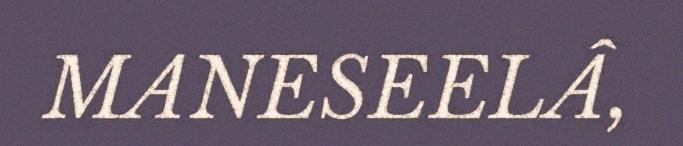
MANESEELÂ,